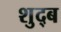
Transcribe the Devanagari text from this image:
शुद्ब